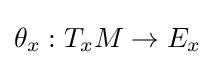
\theta _{x}:T_{x}M\rightarrow E_{x}